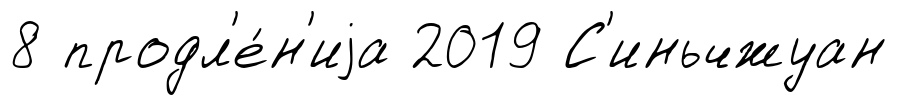
8 продл'е́н'иjа 2019 С'иньчжуан